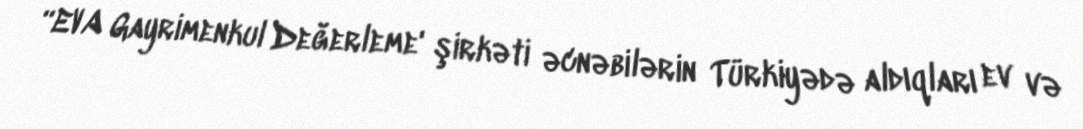
“EVA Gayrimenkul Değerleme' şirkəti əcnəbilərin Türkiyədə aldıqları ev və